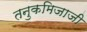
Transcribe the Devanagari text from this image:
तनुकमिजाजी